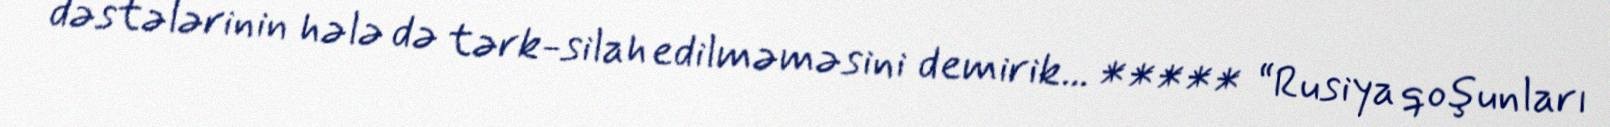
dəstələrinin hələ də tərk-silah edilməməsini demirik... ***** “Rusiya qoşunları